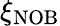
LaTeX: \xi_{\mathrm{NOB}}